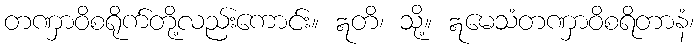
တဏှာဝိစရိုက်တို့လည်းကောင်း။ ဣတိ၊ သို့။ ဣမေသံတဏှာဝိစရိတာနံ၊